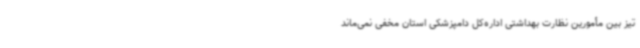
تیز بین مأمورین نظارت بهداشتی اداره‌کل دامپزشکی استان مخفی نمی‌ماند